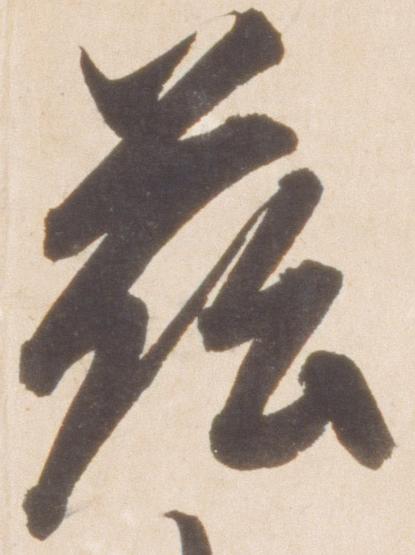
茲